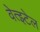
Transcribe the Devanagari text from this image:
वेत्झ्टेल